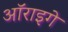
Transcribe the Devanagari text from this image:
ऑराइगे